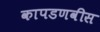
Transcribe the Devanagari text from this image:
कापडणवीस